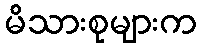
မိသားစုများက